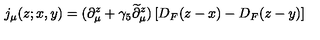
j _ { \mu } ( z ; x , y ) = ( \partial _ { \mu } ^ { z } + \gamma _ { 5 } \widetilde \partial _ { \mu } ^ { z } ) \left[ D _ { F } ( z - x ) - D _ { F } ( z - y ) \right]